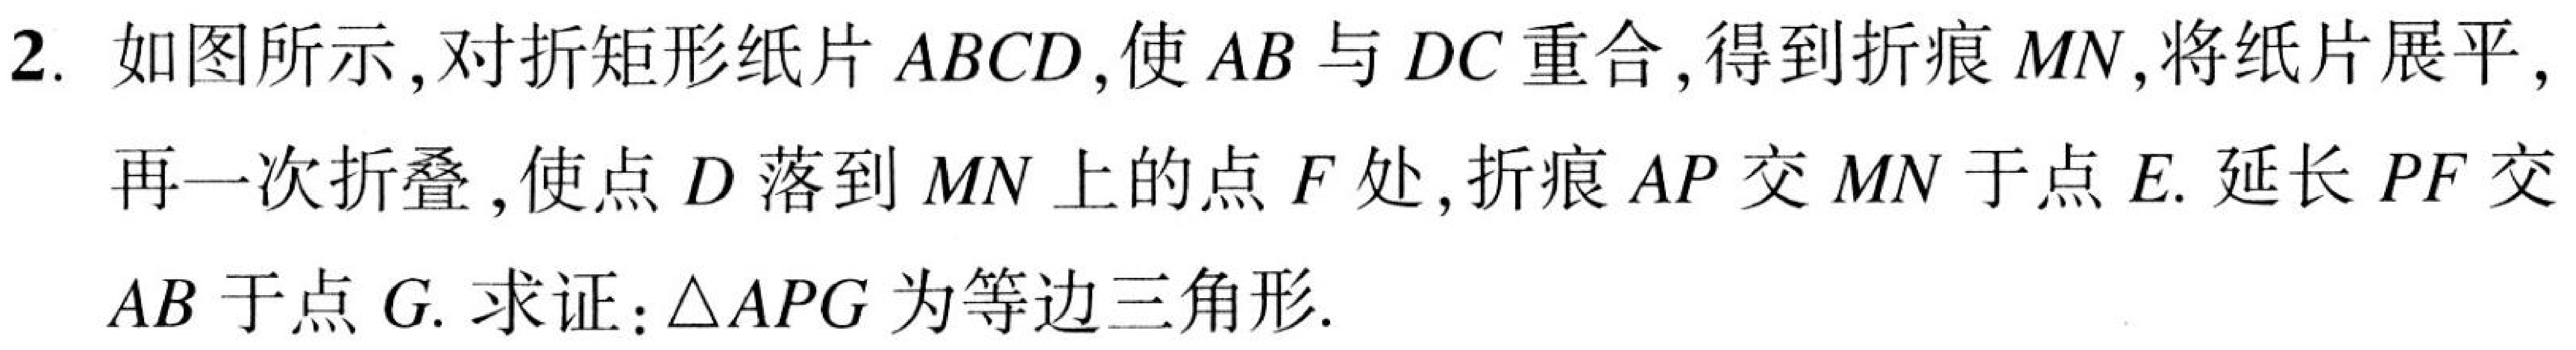
2. 如图所示，对折矩形纸片\(ABCD\)，使\(AB\)与\(DC\)重合，得到折痕\(MN\)，将纸片展平，
再一次折叠，使点\(D\)落到\(MN\)上的点\(F\)处，折痕\(AP\)交\(MN\)于点\(E\). 延长\(PF\)交
\(AB\)于点\(G\). 求证：\(\triangle APG\)为等边三角形.